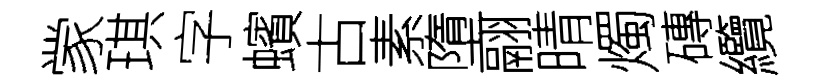
䝉琪字蠙古素墮翮晴燭磚纜